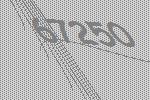
67250